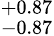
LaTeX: ^{+0.87}_{-0.87}